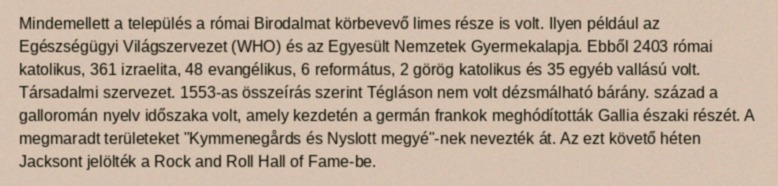
Mindemellett a település a római Birodalmat körbevevő limes része is volt. Ilyen például az Egészségügyi Világszervezet (WHO) és az Egyesült Nemzetek Gyermekalapja. Ebből 2403 római katolikus, 361 izraelita, 48 evangélikus, 6 református, 2 görög katolikus és 35 egyéb vallású volt. Társadalmi szervezet. 1553-as összeírás szerint Tégláson nem volt dézsmálható bárány. század a galloromán nyelv időszaka volt, amely kezdetén a germán frankok meghódították Gallia északi részét. A megmaradt területeket "Kymmenegårds és Nyslott megyé"-nek nevezték át. Az ezt követő héten Jacksont jelölték a Rock and Roll Hall of Fame-be.